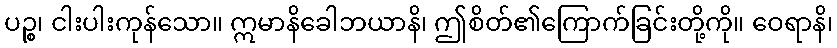
ပဉ္စ၊ ငါးပါးကုန်သော။ ဣမာနိခေါဘယာနိ၊ ဤစိတ်၏ကြောက်ခြင်းတို့ကို။ ဝေရာနိ၊